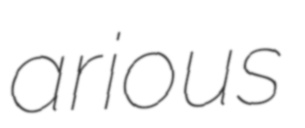
arious